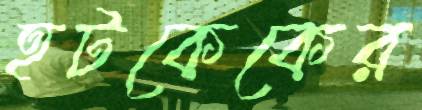
হটকেকের